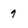
Character: 9